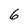
Character: 6